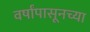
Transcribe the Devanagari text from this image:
वर्षांपासूनच्या